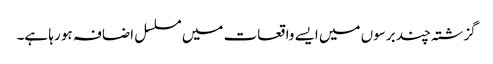
گزشتہ چند برسوں میں ایسے واقعات میں مسلسل اضافہ ہو رہا ہے۔